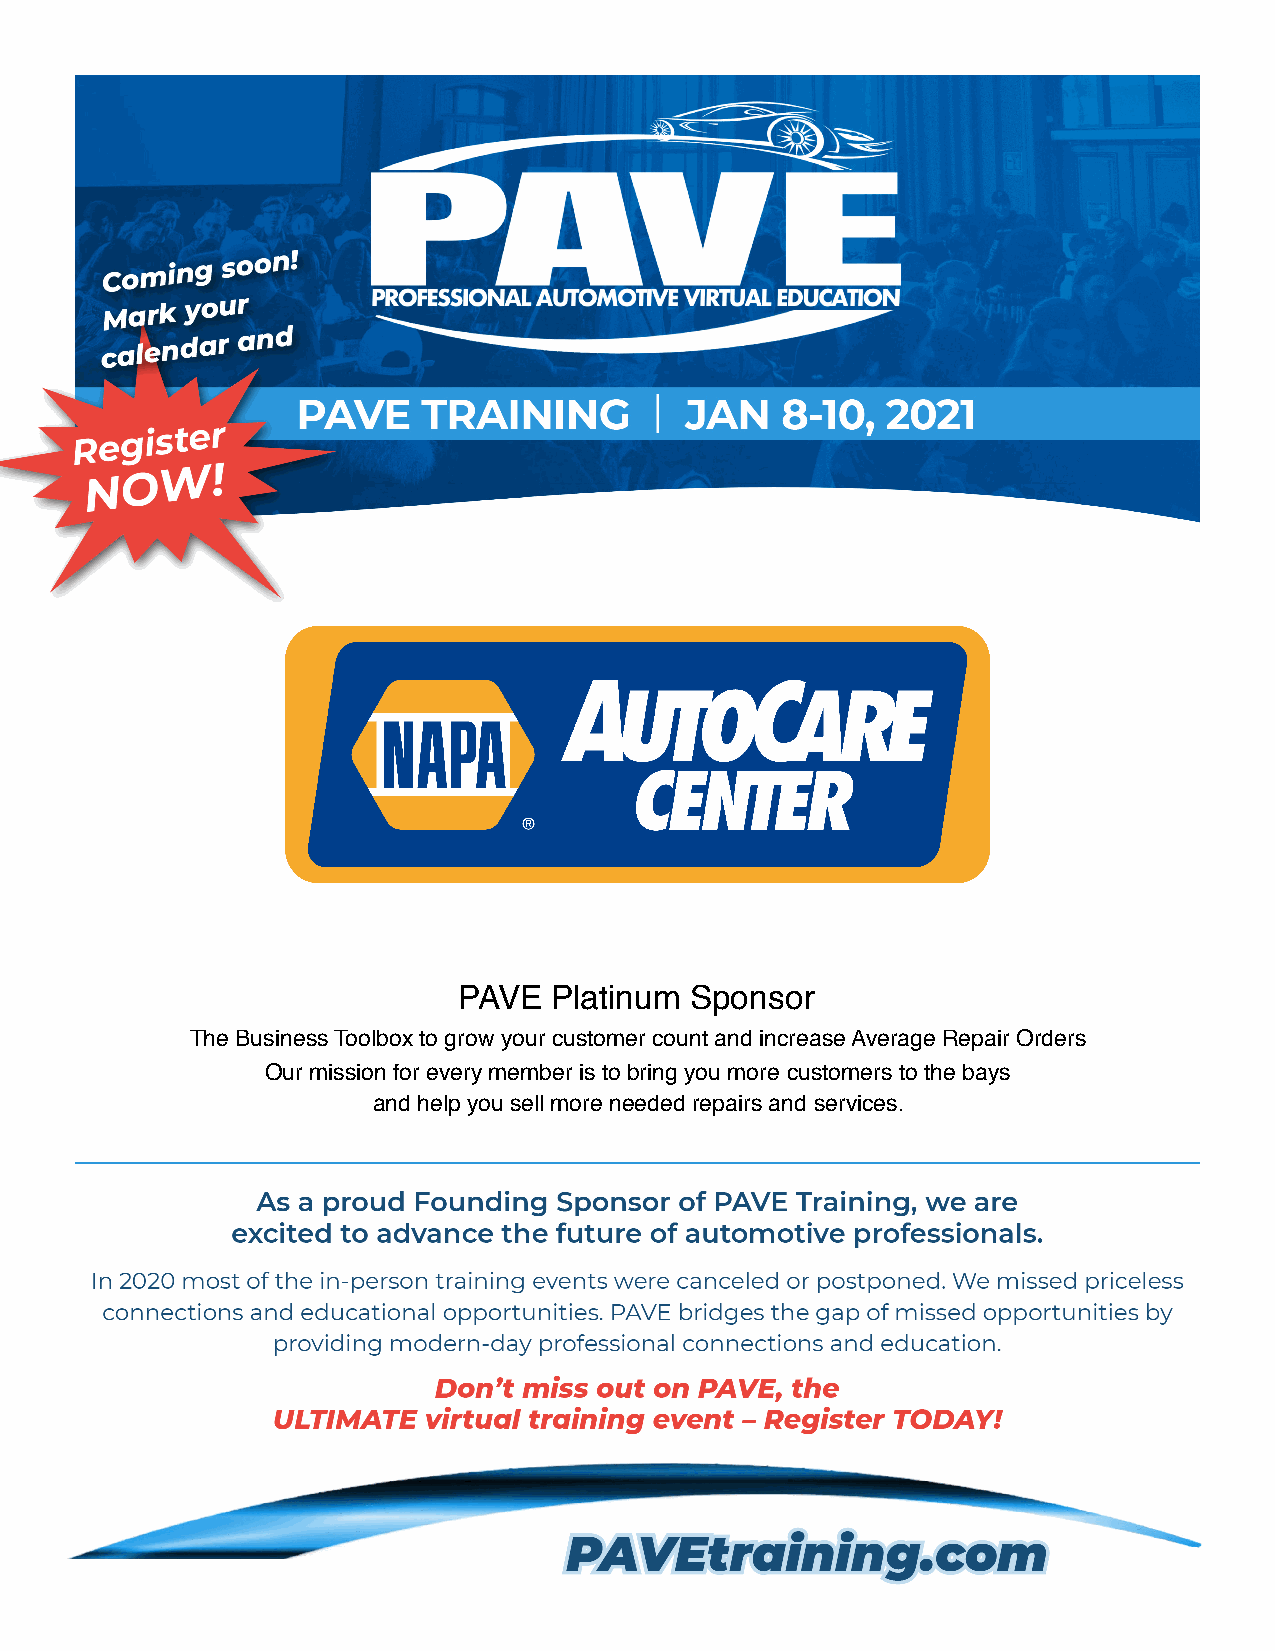
PAVE   Platinum Sponsor
 The Business Toolbox to grow your customer count and increase Average Repair Orders
 Our mission for every member is to bring you more customers to the bays
 and help you sell more needed repairs and services.